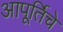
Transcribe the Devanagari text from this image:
आपूर्तिचे